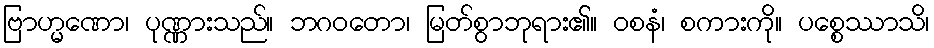
ဗြာဟ္မဏော၊ ပုဏ္ဏားသည်။ ဘဂဝတော၊ မြတ်စွာဘုရား၏။ ဝစနံ၊ စကားကို။ ပစ္စေဿာသိ၊